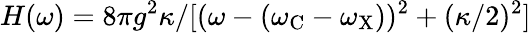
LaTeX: H(\omega)=8\pi g^{2}\kappa/[(\omega-(\omega_{\mathrm{C}}-\omega_{\mathrm{X}}))^{2}+(\kappa/2)^{2}]